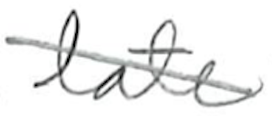
Text: late
Cross-out: mix
Writing tool: pencil